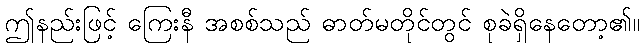
ဤနည်းဖြင့် ကြေးနီ အစစ်သည် ဓာတ်မတိုင်တွင် စုခဲရှိနေတော့၏။